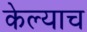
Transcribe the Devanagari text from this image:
केल्याच